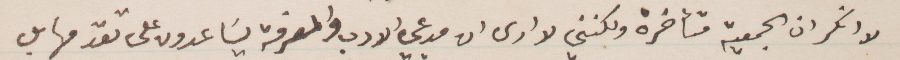
لا انكر ان الجمعية متأخرة ولكنني لا أرى ان مدعي الادب والعرفة ساعدون على تقدمها بل